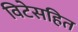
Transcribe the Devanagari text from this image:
विटेसहित